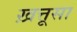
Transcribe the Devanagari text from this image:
ख़त्तूसा